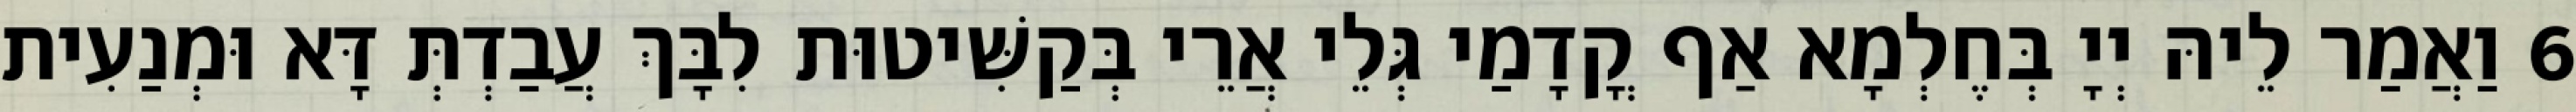
6 וַאֲמַר לֵיהּ יְיָ בְּחֶלְמָא אַף קֳדָמַי גְּלֵי אֲרֵי בְּקַשִּׁיטוּת לִבָּךְ עֲבַדְתְּ דָּא וּמְנַעִית